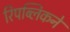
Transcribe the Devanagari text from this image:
रिपब्लिकने